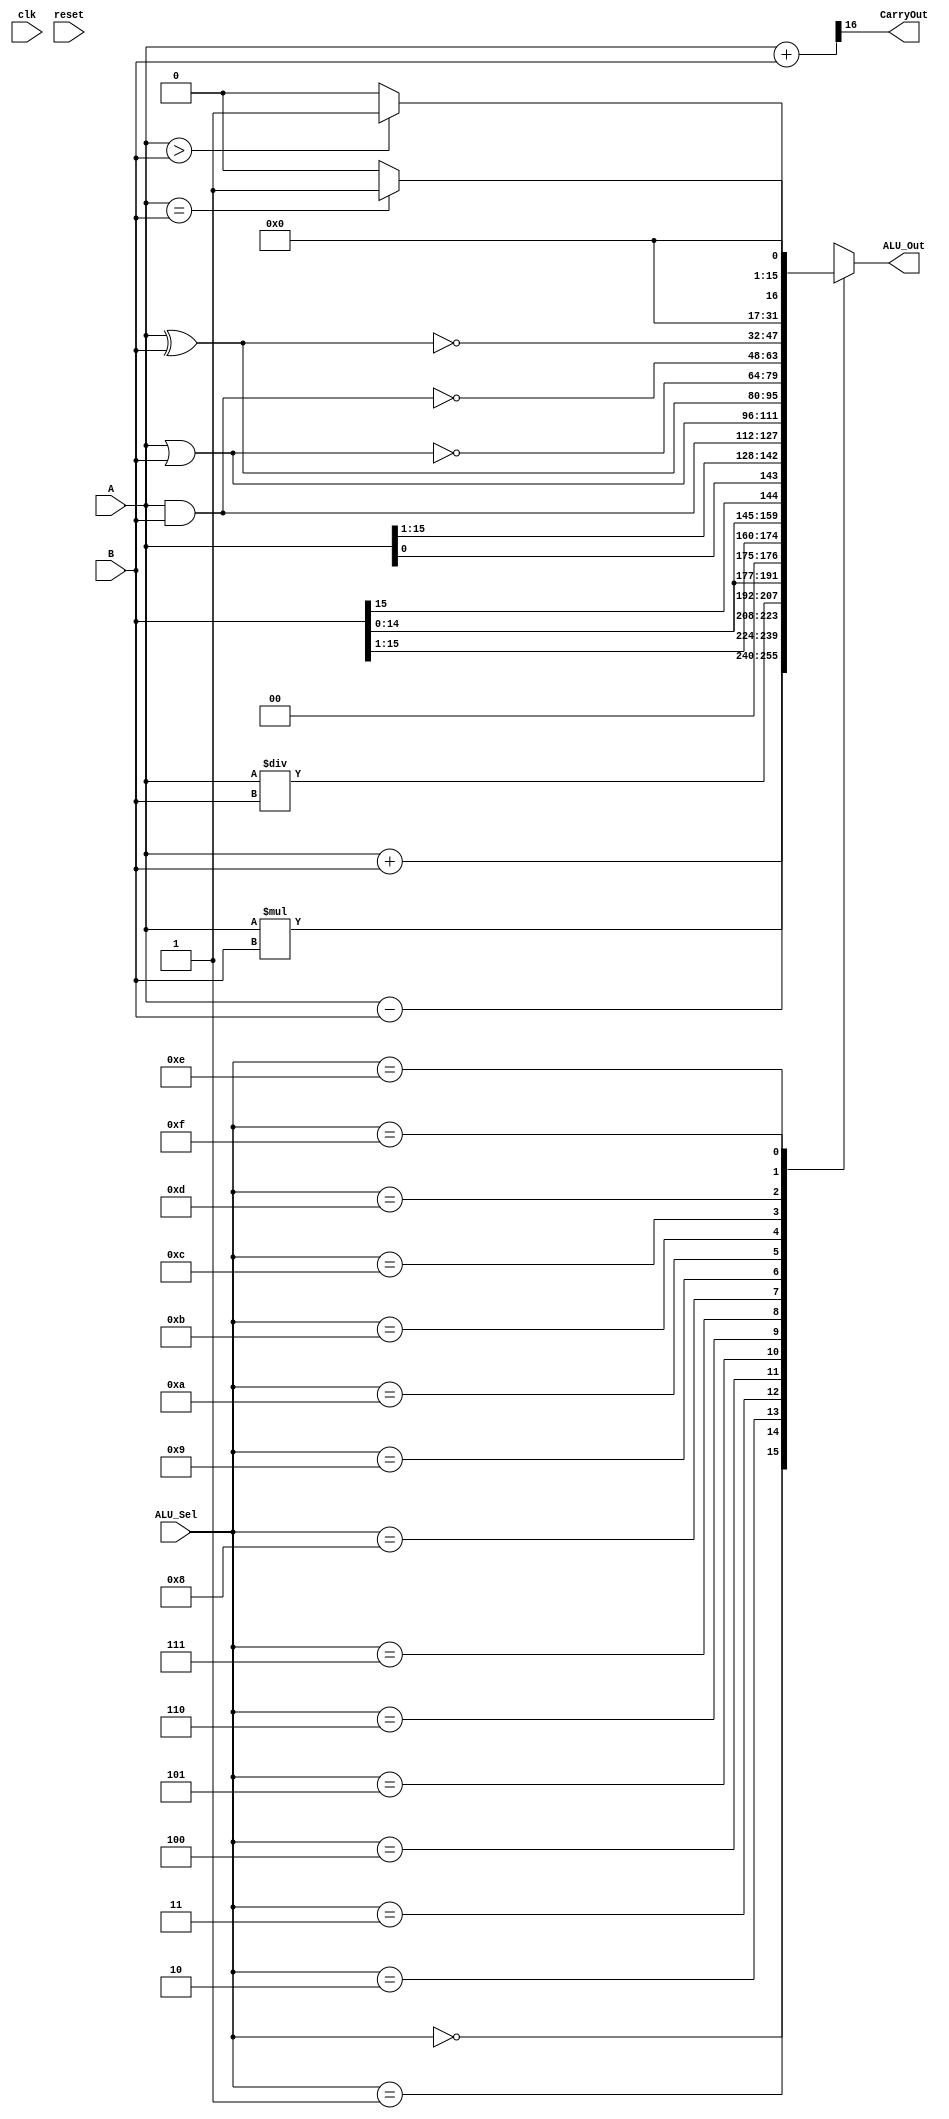
module alu(
           input [15:0] A,B,                 
           input [3:0] ALU_Sel,
           output [15:0] ALU_Out,
           output CarryOut,
	   input clk,
	   input reset
    );
    reg q;
    reg [15:0] ALU_Result;
    wire [16:0] tmp;

    assign ALU_Out = ALU_Result;
    assign tmp = {1'b0,A} + {1'b0,B};
    assign CarryOut = tmp[16];

    always @(*)
    begin
        case(ALU_Sel)
        4'b0000: // Addition
           ALU_Result = A + B ; 

        4'b0001: // Subtraction
           ALU_Result = A - B ;

        4'b0010: // Multiplication
           ALU_Result = A * B;

        4'b0011: // Division
           ALU_Result = A/B;

        4'b0100: // Logical shift left
           ALU_Result = B<<1;

         4'b0101: // Logical shift right
           ALU_Result = B>>1;

         4'b0110: // Rotate left
           ALU_Result = {B[14:0],B[15]};

         4'b0111: // Rotate right
           ALU_Result = {A[0],A[15:1]};

         4'b1000: //  Logical and 
           ALU_Result = A & B;

          4'b1001: //  Logical or
           ALU_Result = A | B;

          4'b1010: //  Logical xor 
           ALU_Result = A ^ B;

          4'b1011: //  Logical nor
           ALU_Result = ~(A | B);

          4'b1100: // Logical nand 
           ALU_Result = ~(A & B);

          4'b1101: // Logical xnor
           ALU_Result = ~(A ^ B);

          4'b1110: // Greater comparison
           ALU_Result = (A>B)?16'd1:16'd0 ;

          4'b1111: // Equal comparison   
            ALU_Result = (A==B)?16'd1:16'd0 ;

          default: ALU_Result = A + B ; 
        endcase
    end

    always @ (posedge clk)
    if (reset==1)
      begin
       q <= 1'b0;
      end else if(reset==0) begin
       q <= ALU_Result;
      end

endmodule